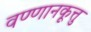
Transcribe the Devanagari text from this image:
वण्णानकूत्तु